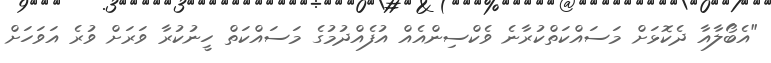
"އެބޯލާއާ ދެކޮޅަށް މަސައްކަތްކުރާނެ ވެކްސިންއެއް އުފެއްދުމުގެ މަސައްކަތް ހީނުކުރާ ވަރަށް ވުރެ އަވަހަށް